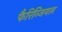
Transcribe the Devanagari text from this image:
फैरिन्जियल